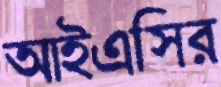
আইএসির